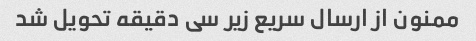
ممنون از ارسال سریع زیر سی دقیقه تحویل شد